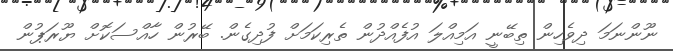
ނޫންނަމަ ދިވެހިން ތިބޭނީ އަމިއްލަ އުފެއްދުން ތެރިކަމަށް ފުދިގެން. ބޭރުން ހާއްސަކޮށް ޔޫރަޕުން